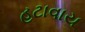
હટાવાય